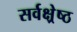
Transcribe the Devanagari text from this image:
सर्वक्ष्रेष्ठ